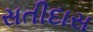
સતીદાસ